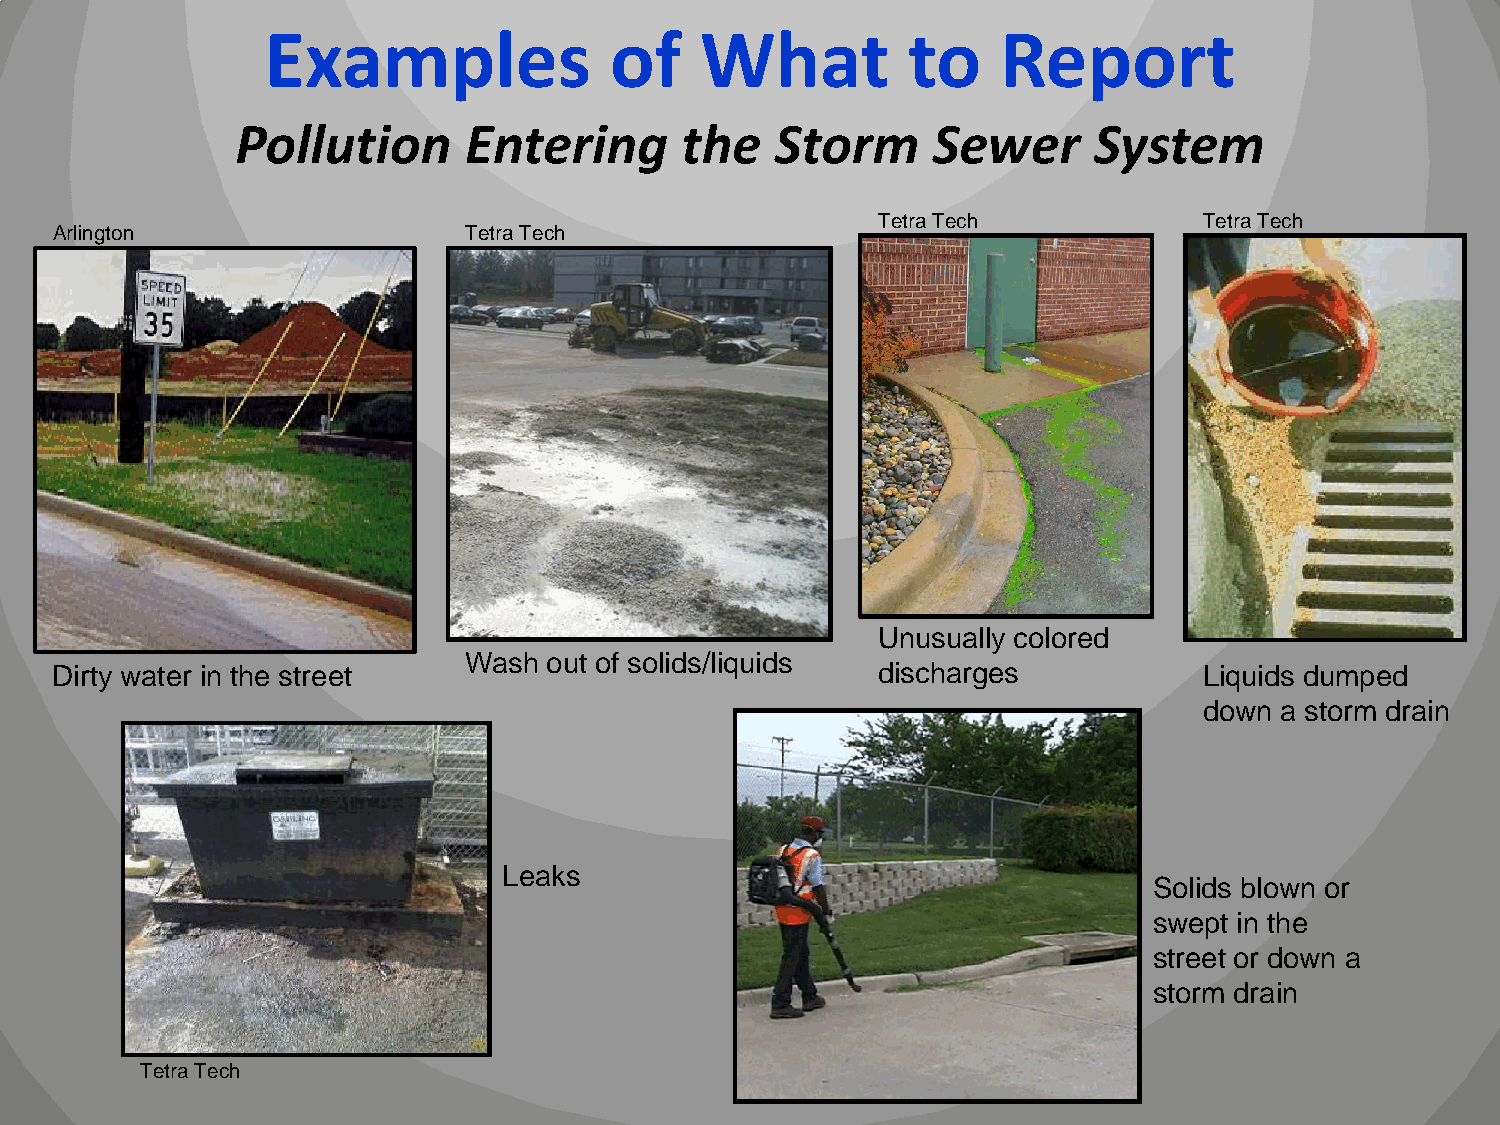
Examples              of    What          to    Report
 Pollution      Entering      the   Storm      Sewer     System
 Tetra Tech            Tetra Tech
 Arlington                   Tetra Tech
 Unusually colored
 Wash out of solids/liquids
 Dirty water in the street                              discharges            Liquids dumped
 down a storm drain
 Leaks
 Solids blown or
 swept in the
 street or down a
 storm drain
 Tetra Tech